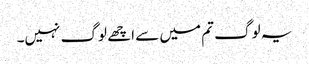
یہ لوگ تم میں سے اچھے لوگ نہیں۔